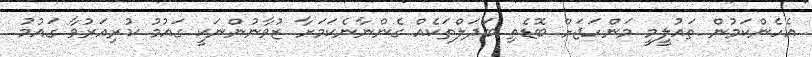
އެހެންކަމުން ތައުލީމީ މަންހަޖަށް ބޮޑެތި ބަދަލްތަކެއް ގެންނާނެކަމަށާ ޒުވާނުންނަކީ ގައުމު ކުރިއަރުވާ ގައުމު